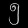
Digit: ၅